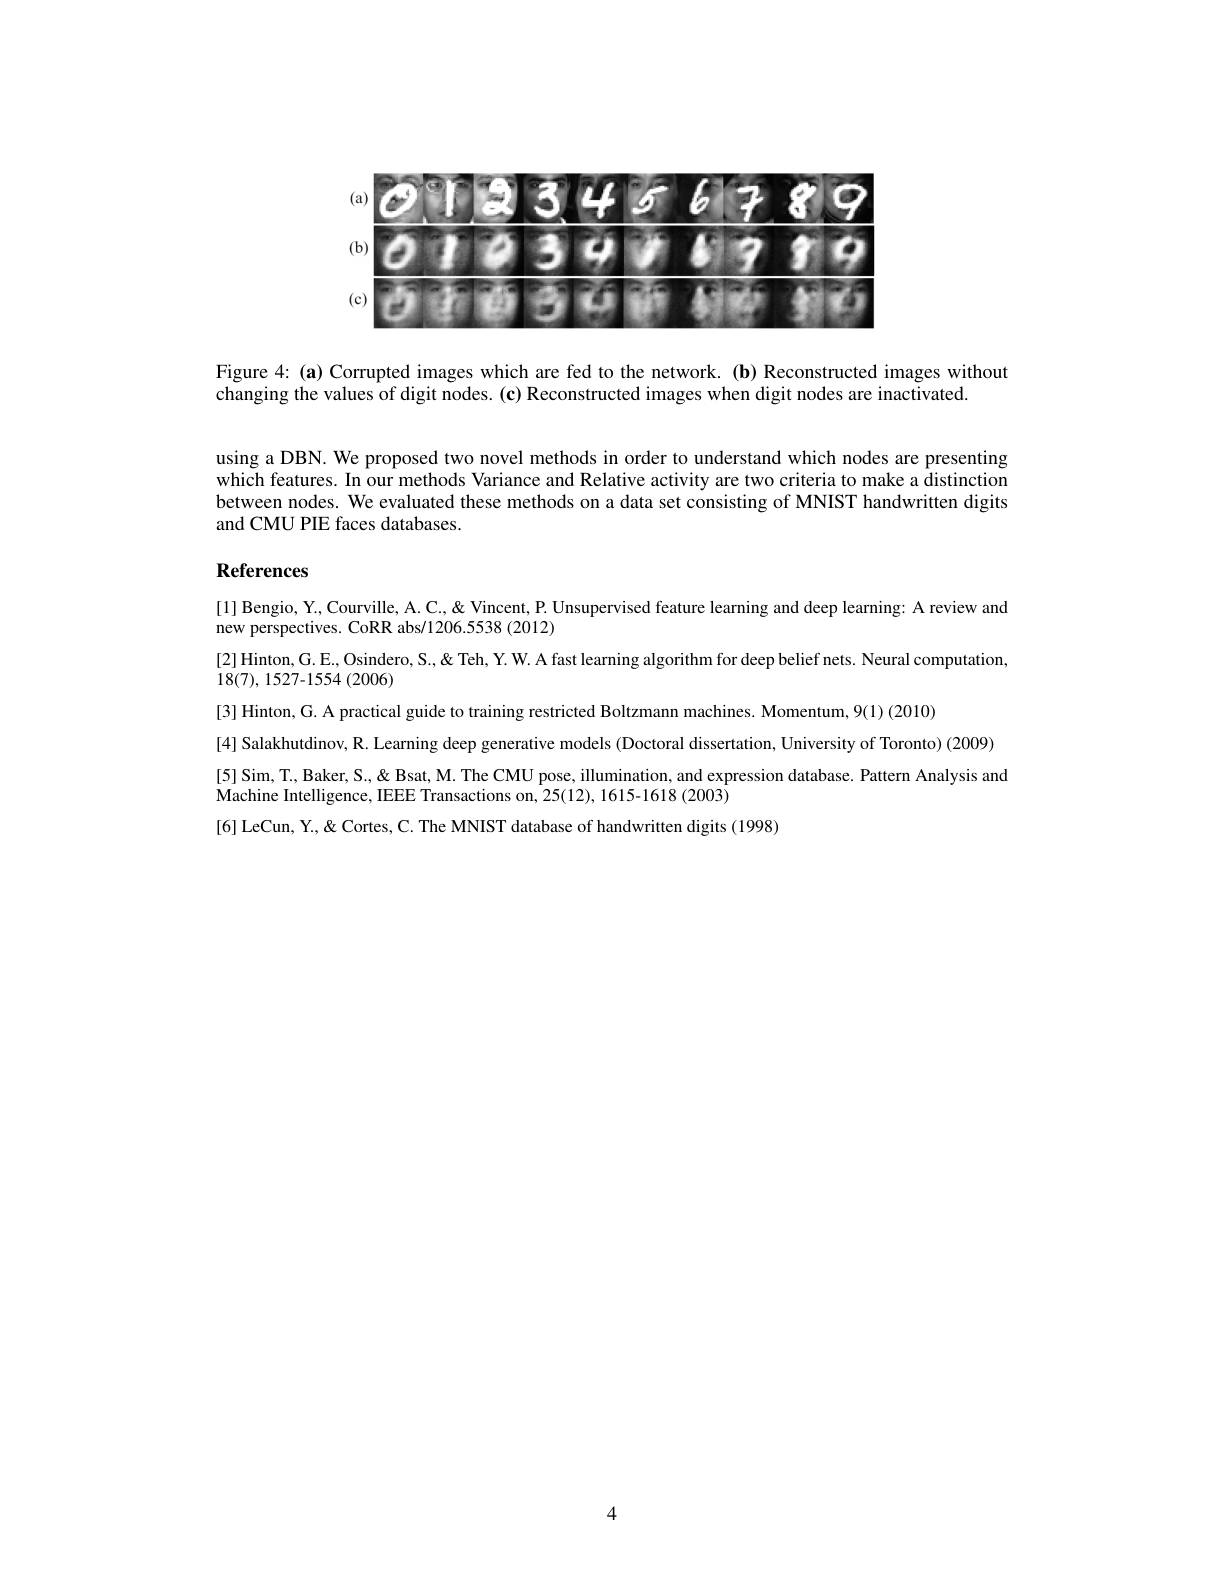
<FigureHere>

Figure 4: (a) Corrupted images which are fed to the network. (b) Reconstructed images without
changing the values of digit nodes. (c) Reconstructed images when digit nodes are inactivated.

using a DBN. We proposed two novel methods in order to understand which nodes are presenting which features. In our methods Variance and Relative activity are two criteria to make a distinction between nodes. We evaluated these methods on a data set consisting of MNIST handwritten digits and CMU PIE faces databases.

# References

[1] Bengio, Y., Courville, A. C., & Vincent, P. Unsupervised feature learning and deep learning: A review and
new perspectives. CoRR abs/1206.5538 (2012)
[2] Hinton, G. E., Osindero, S., & Teh, Y. W. A fast learning algorithm for deep belief nets. Neural computation,
18(7),1527-1554(2006)
[3] Hinton, G. A practical guide to training restricted Boltzmann machines. Momentum, 9(1) (2010)
[4] Salakhutdinov, R. Learning deep generative models (Doctoral dissertation, University of Toronto) (2009) [5] Sim, T., Baker, S., & Bsat, M. The CMU pose, illumination, and expression database. Pattern Analysis and Machine Intelligence, IEEE Transactions on, 25(12), 1615-1618 (2003)

4